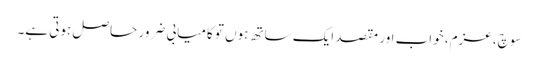
سوچ، عزم، خواب اور مقصد ایک ساتھ ہوں تو کامیابی ضرور حاصل ہوتی ہے۔